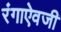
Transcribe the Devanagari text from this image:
रंगाऐवजी